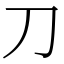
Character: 刀